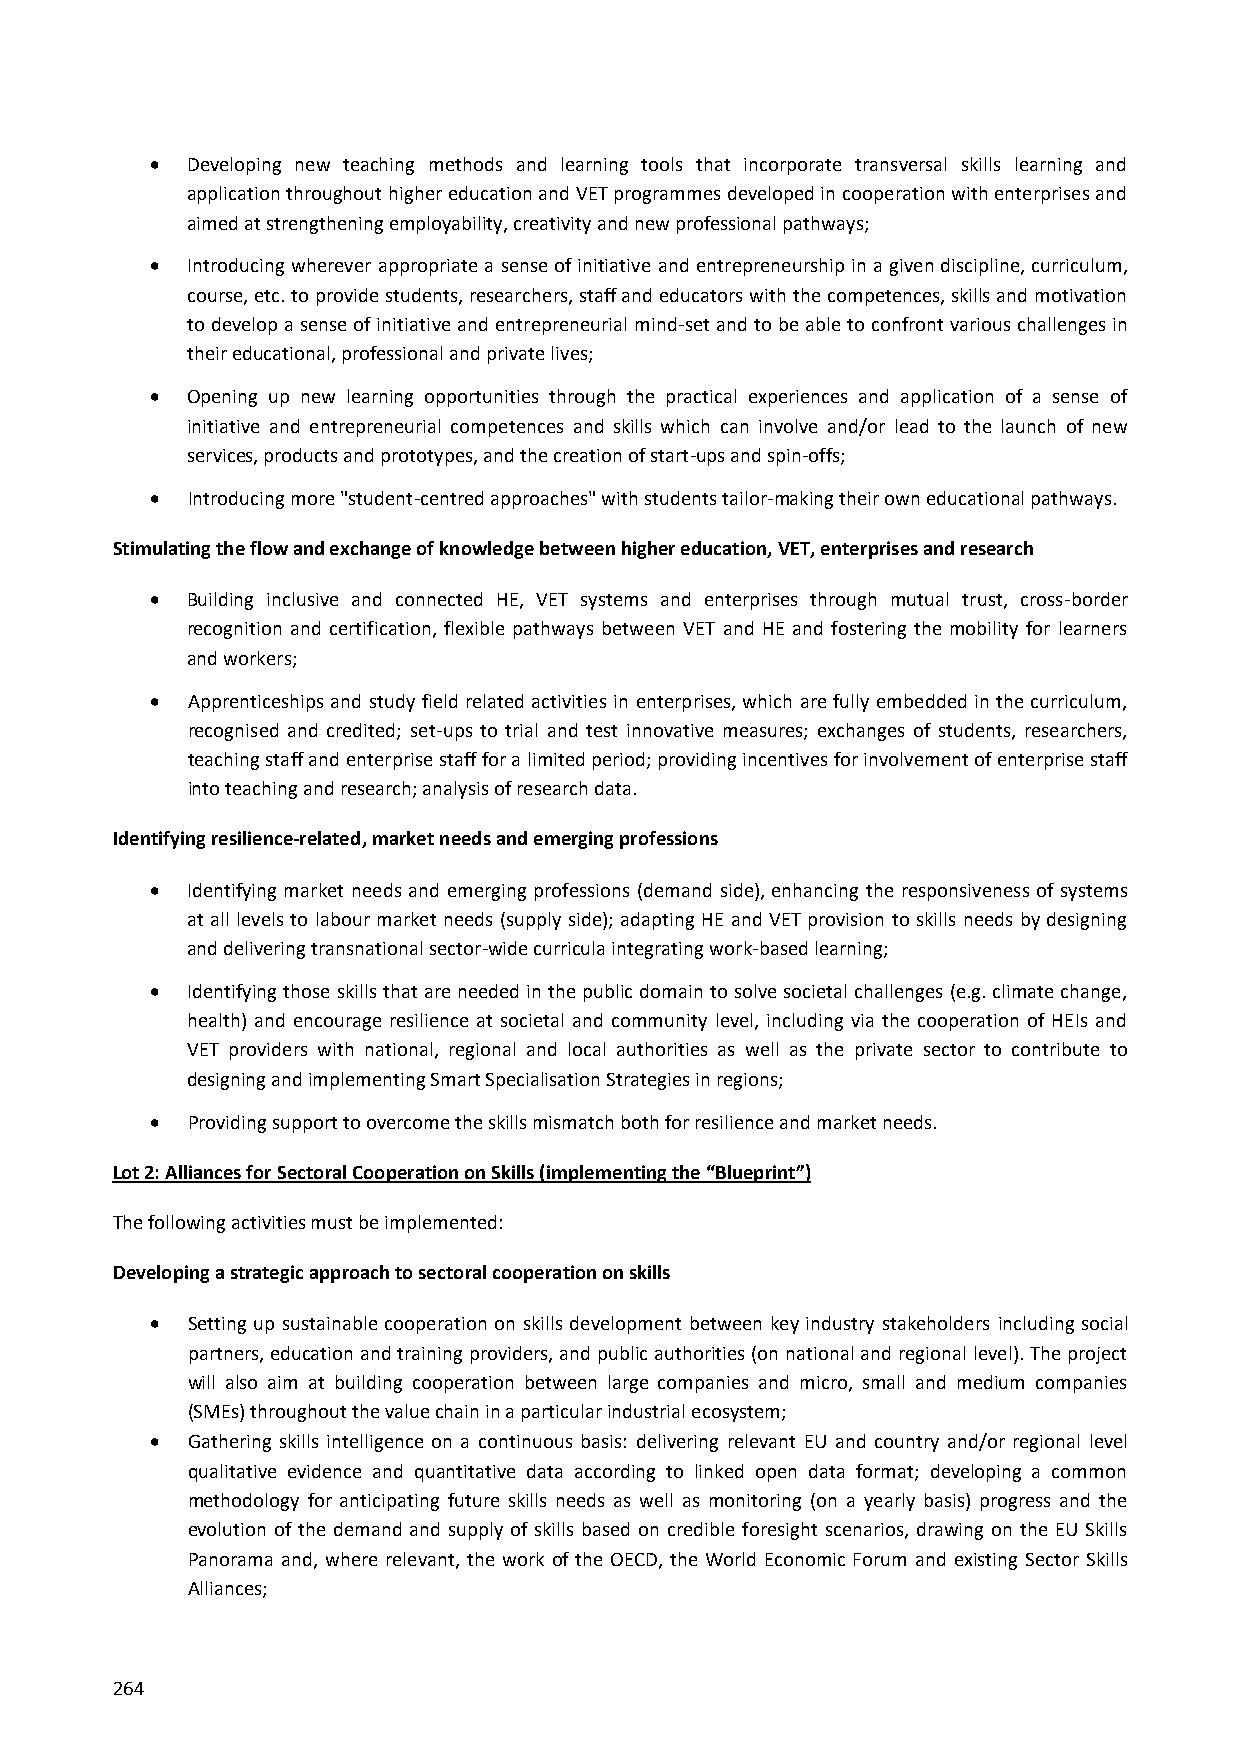
 Developing new teaching methods and learning tools that incorporate transversal skills learning and
 application throughout higher education and VET programmes developed in cooperation with enterprises and
 aimed at strengthening employability, creativity and new professional pathways;
  Introducing wherever appropriate a sense of initiative and entrepreneurship in a given discipline, curriculum,
 course, etc. to provide students, researchers, staff and educators with the competences, skills and motivation
 to develop a sense of initiative and entrepreneurial mind-set and to be able to confront various challenges in
 their educational, professional and private lives;
  Opening up new learning opportunities through the practical experiences and application of a sense of
 initiative and entrepreneurial competences and skills which can involve and/or lead to the launch of new
 services, products and prototypes, and the creation of start-ups and spin-offs;
  Introducing more "student-centred approaches" with students tailor-making their own educational pathways.
 Stimulating the flow and exchange of knowledge between higher education, VET, enterprises and research
  Building inclusive and connected HE, VET systems and enterprises through mutual trust, cross-border
 recognition and certification, flexible pathways between VET and HE and fostering the mobility for learners
 and workers;
  Apprenticeships and study field related activities in enterprises, which are fully embedded in the curriculum,
 recognised and credited; set-ups to trial and test innovative measures; exchanges of students, researchers,
 teaching staff and enterprise staff for a limited period; providing incentives for involvement of enterprise staff
 into teaching and research; analysis of research data.
 Identifying resilience-related, market needs and emerging professions
  Identifying market needs and emerging professions (demand side), enhancing the responsiveness of systems
 at all levels to labour market needs (supply side); adapting HE and VET provision to skills needs by designing
 and delivering transnational sector-wide curricula integrating work-based learning;
  Identifying those skills that are needed in the public domain to solve societal challenges (e.g. climate change,
 health) and encourage resilience at societal and community level, including via the cooperation of HEIs and
 VET providers with national, regional and local authorities as well as the private sector to contribute to
 designing and implementing Smart Specialisation Strategies in regions;
  Providing support to overcome the skills mismatch both for resilience and market needs.
 Lot 2: Alliances for Sectoral Cooperation on Skills (implementing the “Blueprint”)
 The following activities must be implemented:
 Developing a strategic approach to sectoral cooperation on skills
  Setting up sustainable cooperation on skills development between key industry stakeholders including social
 partners, education and training providers, and public authorities (on national and regional level). The project
 will also aim at building cooperation between large companies and micro, small and medium companies
 (SMEs) throughout the value chain in a particular industrial ecosystem;
  Gathering skills intelligence on a continuous basis: delivering relevant EU and country and/or regional level
 qualitative evidence and quantitative data according to linked open data format; developing a common
 methodology for anticipating future skills needs as well as monitoring (on a yearly basis) progress and the
 evolution of the demand and supply of skills based on credible foresight scenarios, drawing on the EU Skills
 Panorama and, where relevant, the work of the OECD, the World Economic Forum and existing Sector Skills
 Alliances;
 264